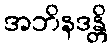
အဘိနဒန္တိ